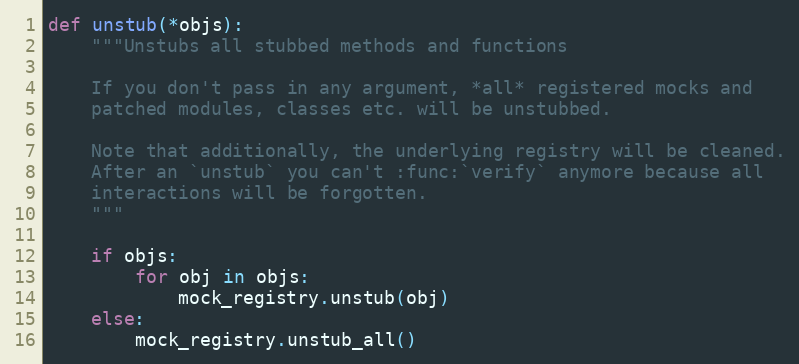
Language: Python
def unstub(*objs):
    """Unstubs all stubbed methods and functions

    If you don't pass in any argument, *all* registered mocks and
    patched modules, classes etc. will be unstubbed.

    Note that additionally, the underlying registry will be cleaned.
    After an `unstub` you can't :func:`verify` anymore because all
    interactions will be forgotten.
    """

    if objs:
        for obj in objs:
            mock_registry.unstub(obj)
    else:
        mock_registry.unstub_all()